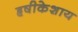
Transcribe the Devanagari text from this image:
हृषीकेशाय